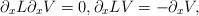
LaTeX: \begin{align*}\partial_x L \partial_x V = 0, \partial_x L V = - \partial_x V,\end{align*}